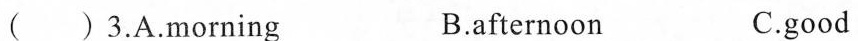
3.A.Morning B.afternoon C.good